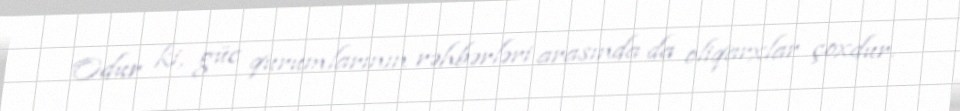
Odur ki, güc qurumlarının rəhbərləri arasında da oliqarxlar çoxdur.